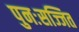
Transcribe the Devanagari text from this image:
पुनःसज्जित